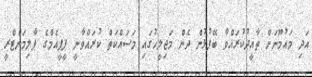
އަދި މައުމޫނަށް ތާއީދުކުރައްވާ ބޭފުޅުން ދެން މަޖިލީހުގައި މަސައްކަތް ކުރައްވާނީ ޕީޕީއެމްގެ ޕާލިމަންޓްރީ